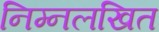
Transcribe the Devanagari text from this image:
निम्नलखित